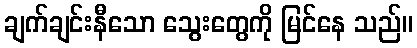
ချက်ချင်းနီသော သွေးတွေကို မြင်နေ သည်။